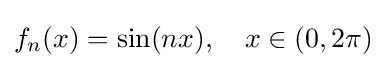
f_{n}(x)=\sin(nx),\quad x\in (0,2\pi )